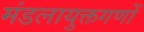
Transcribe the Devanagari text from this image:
मंडलायुक्तगणों